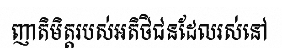
ញាតិមិត្តរបស់អតិថិជនដែលរស់នៅ